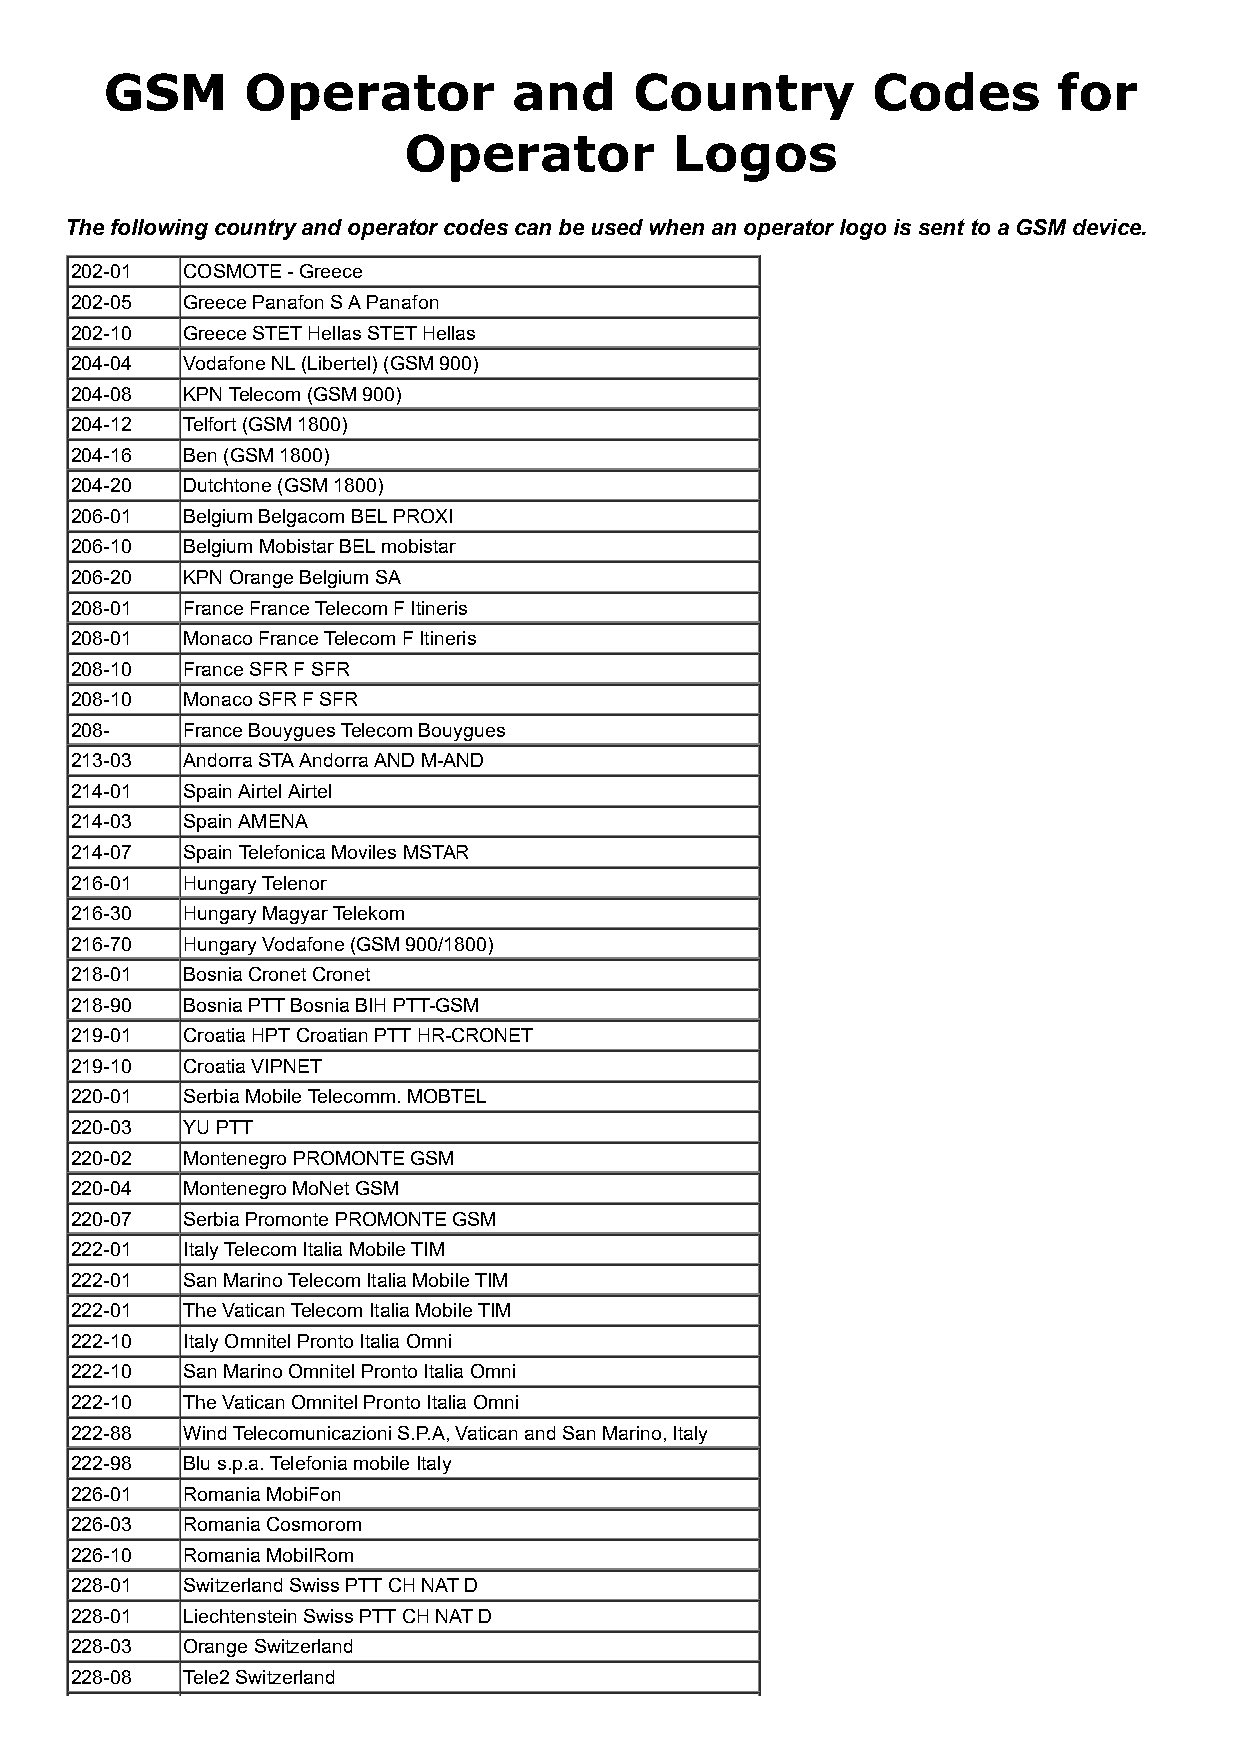
GSM      Operator          and     Country         Codes       for
 Operator          Logos
 The following country and operator codes can be used when an operator logo is sent to a GSM device.
 202-01 COSMOTE - Greece
 202-05 Greece Panafon S A Panafon
 202-10 Greece STET Hellas STET Hellas
 204-04 Vodafone NL (Libertel) (GSM 900)
 204-08 KPN Telecom (GSM 900)
 204-12 Telfort (GSM 1800)
 204-16 Ben (GSM 1800)
 204-20 Dutchtone (GSM 1800)
 206-01 Belgium Belgacom BEL PROXI
 206-10 Belgium Mobistar BEL mobistar
 206-20 KPN Orange Belgium SA
 208-01 France France Telecom F Itineris
 208-01 Monaco France Telecom F Itineris
 208-10 France SFR F SFR
 208-10 Monaco SFR F SFR
 208-   France Bouygues Telecom Bouygues
 213-03 Andorra STA Andorra AND M-AND
 214-01 Spain Airtel Airtel
 214-03 Spain AMENA
 214-07 Spain Telefonica Moviles MSTAR
 216-01 Hungary Telenor
 216-30 Hungary Magyar Telekom
 216-70 Hungary Vodafone (GSM 900/1800)
 218-01 Bosnia Cronet Cronet
 218-90 Bosnia PTT Bosnia BIH PTT-GSM
 219-01 Croatia HPT Croatian PTT HR-CRONET
 219-10 Croatia VIPNET
 220-01 Serbia Mobile Telecomm. MOBTEL
 220-03 YU PTT
 220-02 Montenegro PROMONTE GSM
 220-04 Montenegro MoNet GSM
 220-07 Serbia Promonte PROMONTE GSM
 222-01 Italy Telecom Italia Mobile TIM
 222-01 San Marino Telecom Italia Mobile TIM
 222-01 The Vatican Telecom Italia Mobile TIM
 222-10 Italy Omnitel Pronto Italia Omni
 222-10 San Marino Omnitel Pronto Italia Omni
 222-10 The Vatican Omnitel Pronto Italia Omni
 222-88 Wind Telecomunicazioni S.P.A, Vatican and San Marino, Italy
 222-98 Blu s.p.a. Telefonia mobile Italy
 226-01 Romania MobiFon
 226-03 Romania Cosmorom
 226-10 Romania MobilRom
 228-01 Switzerland Swiss PTT CH NAT D
 228-01 Liechtenstein Swiss PTT CH NAT D
 228-03 Orange Switzerland
 228-08 Tele2 Switzerland